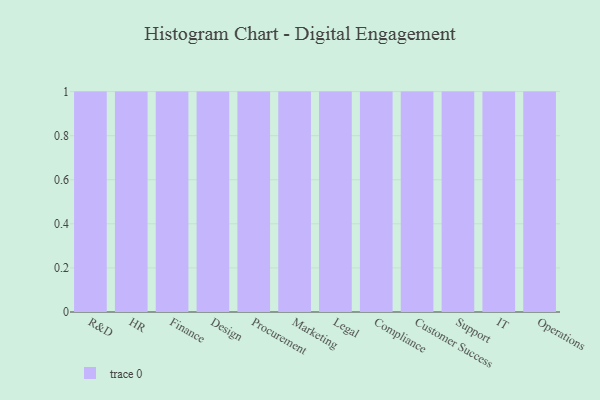
{"axis": {"x": "Department", "y": "Website Visitors"}, "legend": [""], "data": [{"x": "R&D", "y": 43, "type": ""}, {"x": "HR", "y": 4, "type": ""}, {"x": "Finance", "y": 6, "type": ""}, {"x": "Design", "y": 94, "type": ""}, {"x": "Procurement", "y": 70, "type": ""}, {"x": "Marketing", "y": 48, "type": ""}, {"x": "Legal", "y": 62, "type": ""}, {"x": "Compliance", "y": 79, "type": ""}, {"x": "Customer Success", "y": 41, "type": ""}, {"x": "Support", "y": 88, "type": ""}, {"x": "IT", "y": 23, "type": ""}, {"x": "Operations", "y": 38, "type": ""}]}